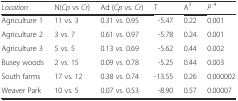
<table><thead><tr><td><b><i>Location</i></b></td><td><b>N(<i>Cp</i> vs <i>Cr</i>)</b></td><td><b>Ad (<i>Cp</i> vs. <i>Cr</i>)</b></td><td><b>T</b></td><td><b>A<sup>3</sup></b></td><td><b><i>P</i><sup>4</sup></b></td></tr></thead><tbody><tr><td>Agriculture 1</td><td>11 vs. 3</td><td>0.31 vs. 0.95</td><td>-5.47</td><td>0.22</td><td>0.001</td></tr><tr><td>Agriculture 2</td><td>3 vs. 7</td><td>0.61 vs. 0.97</td><td>-5.78</td><td>0.24</td><td>0.001</td></tr><tr><td>Agriculture 3</td><td>5 vs. 5</td><td>0.13 vs. 0.69</td><td>-5.62</td><td>0.44</td><td>0.002</td></tr><tr><td>Busey woods</td><td>2 vs. 15</td><td>0.09 vs. 0.78</td><td>-5.25</td><td>0.44</td><td>0.003</td></tr><tr><td>South farms</td><td>17 vs. 12</td><td>0.38 vs. 0.74</td><td>-13.55</td><td>0.26</td><td>0.000002</td></tr><tr><td>Weaver Park</td><td>10 vs. 5</td><td>0.07 vs. 0.53</td><td>-8.90</td><td>0.57</td><td>0.00007</td></tr></tbody></table>